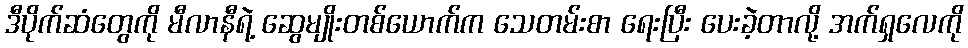
ဒီပိုက်ဆံတွေကို မီလာနီရဲ့ ဆွေမျိုးတစ်ယောက်က သေတမ်းစာ ရေးပြီး ပေးခဲ့တာလို့ အက်ရှလေကို